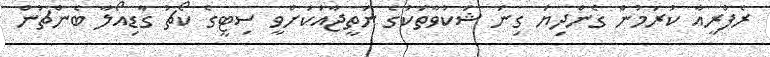
ރެފްރީއާ ކުރަމުން ގެންދިޔަ ގިނަ ޝަކުވާތަކުގެ ނަތީޖާއަކަށްވީ ސިޓީގެ ކޯޗު ގާޑިއޯލާ ބެންޗުން